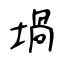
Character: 堝